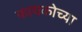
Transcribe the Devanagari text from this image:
फायकोच्या